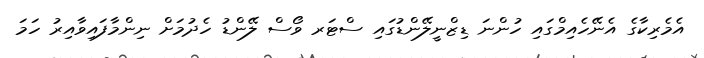
އެމެރިކާގެ އެނޭހެއިމްގައި ހުންނަ ޑިޒްނީލޭންޑުގައި ސްޓަރ ވޯސް ލޭންޑު ހެދުމަށް ނިންމާފައިވާއިރު ހަމަ